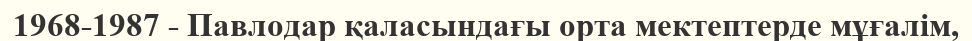
1968-1987 - Павлодар қаласындағы орта мектептерде мұғалім,